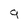
Character: 9